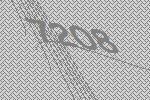
7208